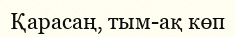
Қарасаң, тым-ақ көп